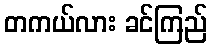
တကယ်လား ခင်ကြည်